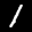
Label: 1